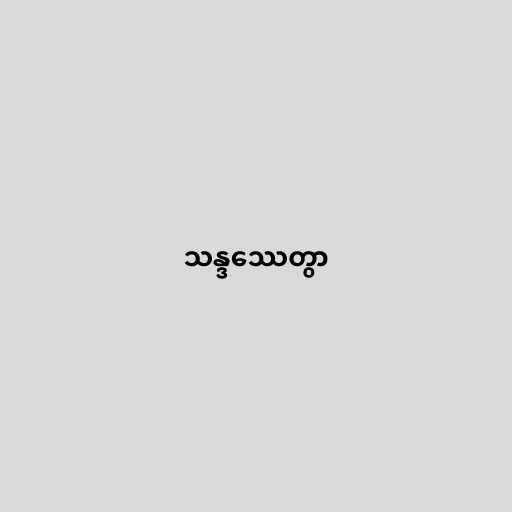
သန္ဒဿေတွာ